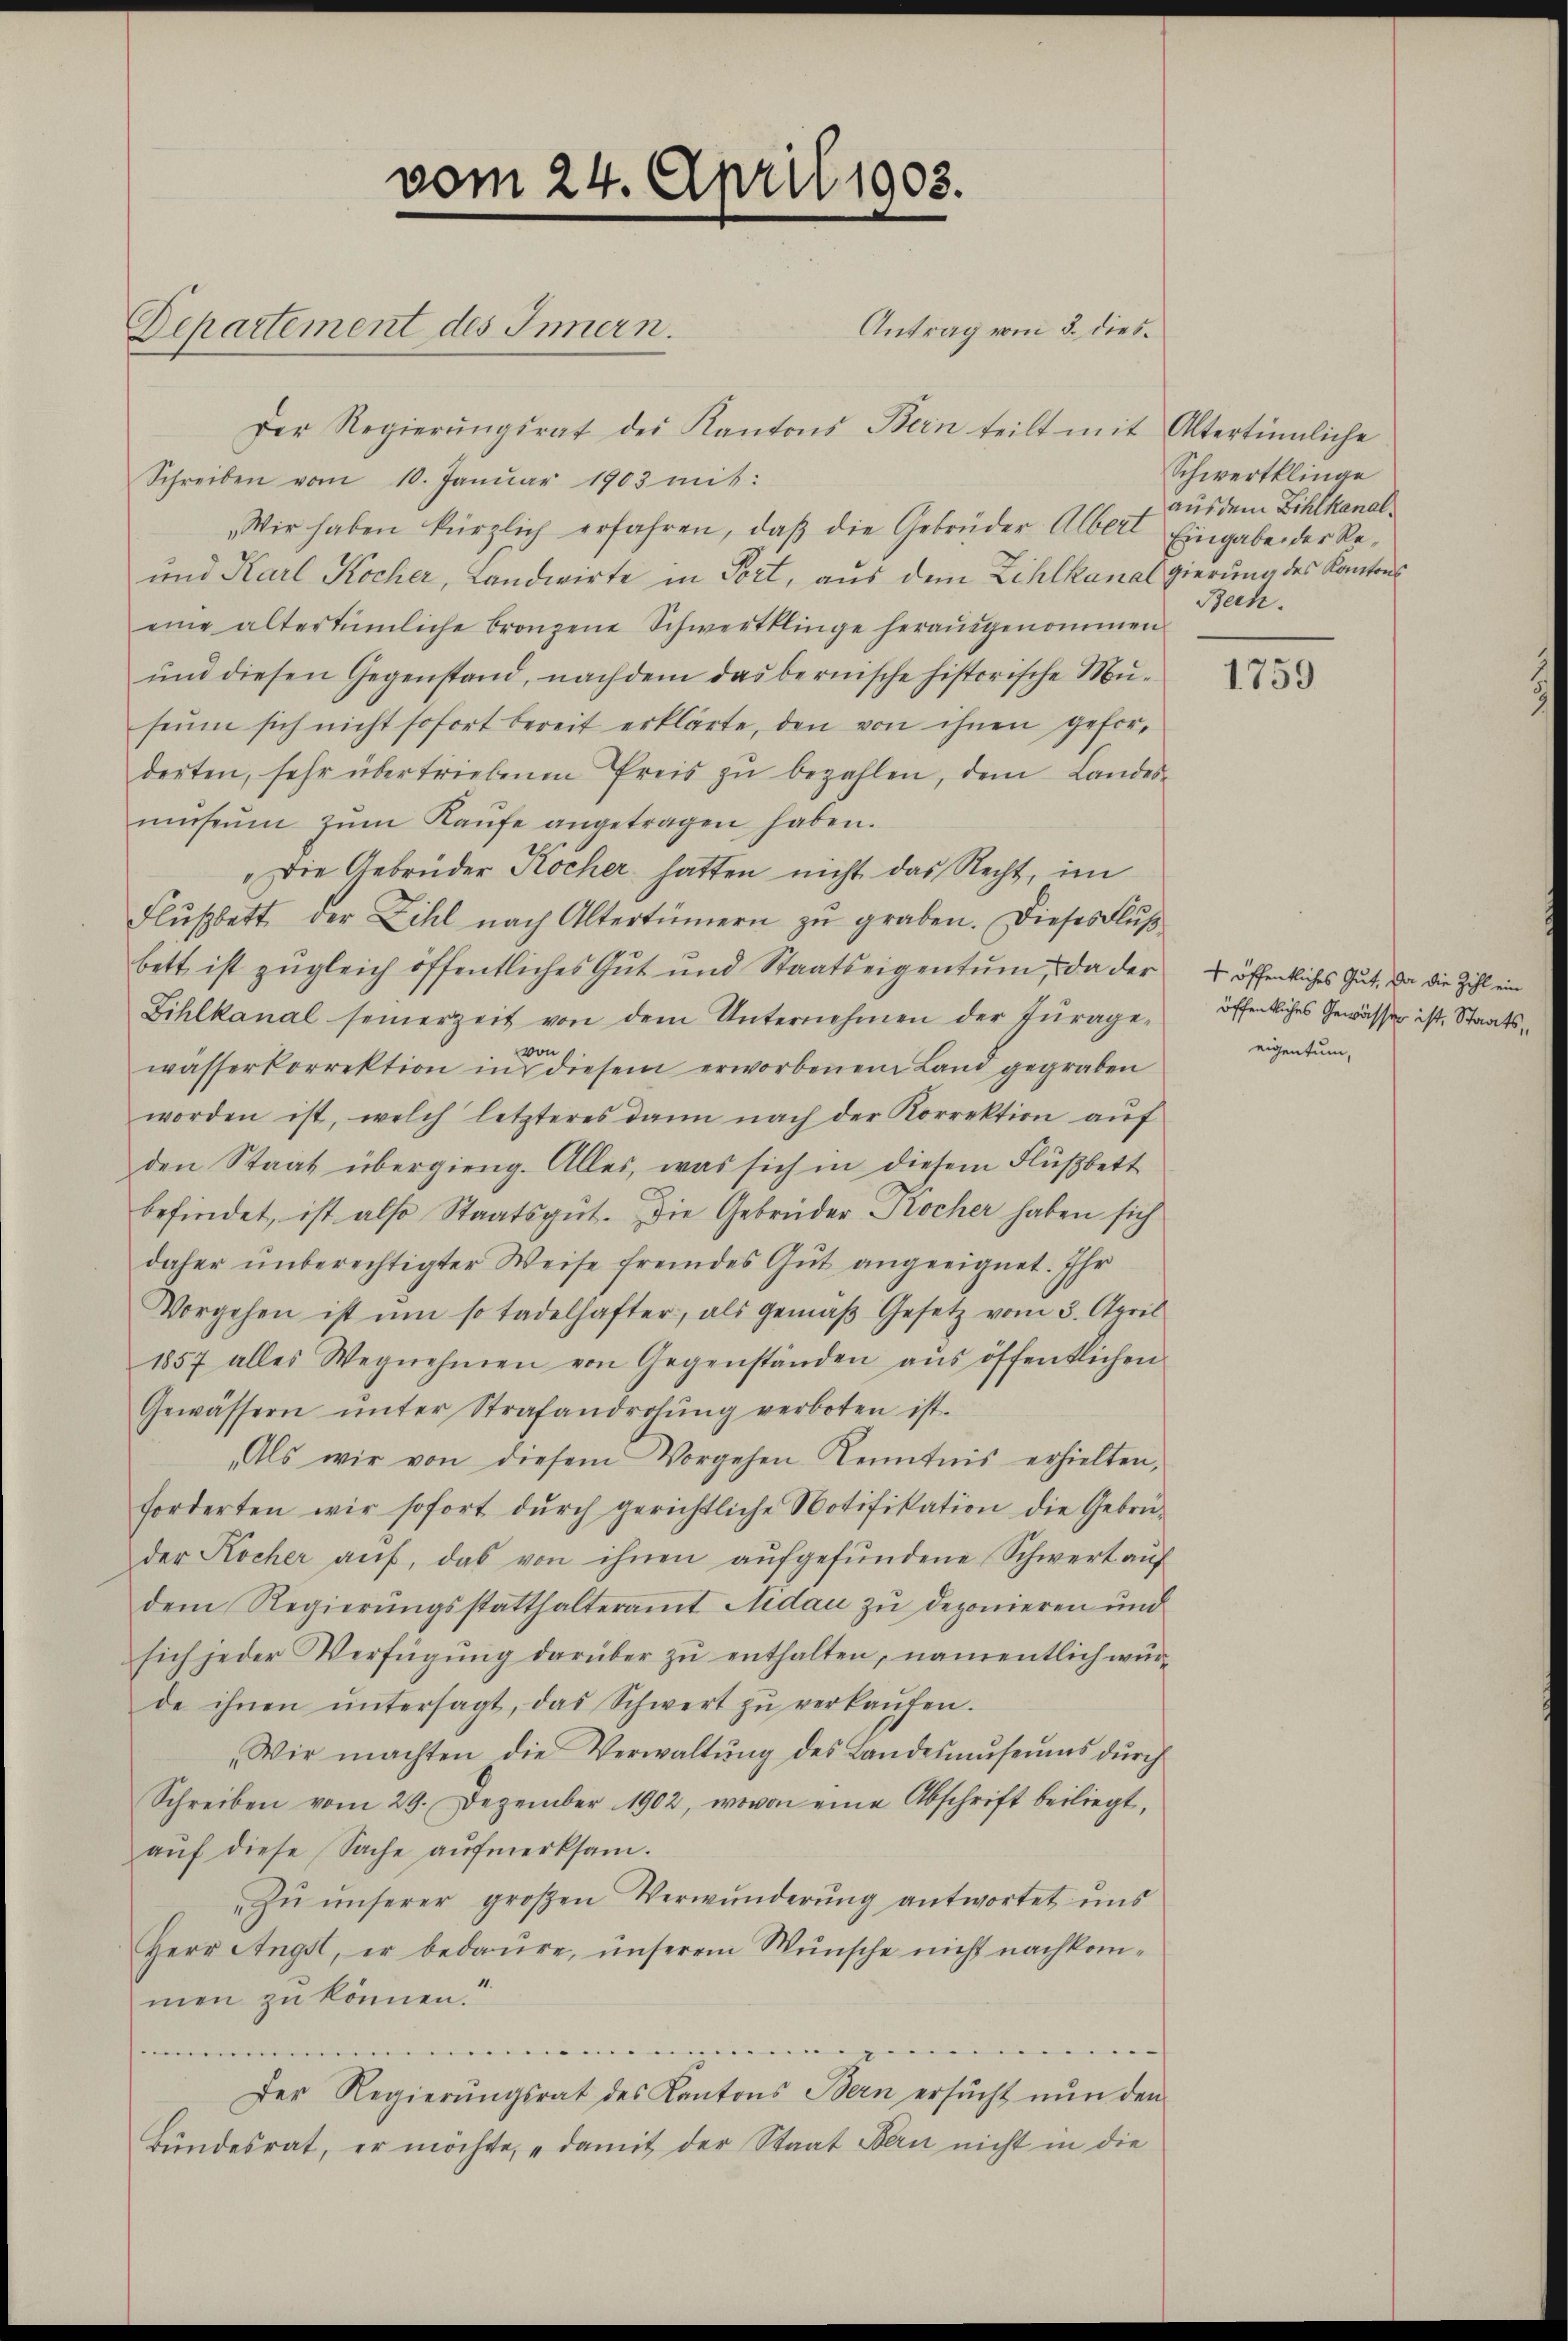
vom 24. April 1903.

Departement des Innern.

Antrag vom 3. dies
Der Regierŭngsrat der Kantons Bern teilt mit Altertümliche
Schreiben vom 10. Janŭar 1903 mit:
Wir haben kürzlich erfahren, daβ die Gebrüder Albert Eingabe der Re-
und Karl Kocher, Landwirte in Fort, aus dem Zihlkanalgierung des Kantons
eine altertümliche bronzene Schwertklinge heraŭsgenommen
ŭnd diesen Gegenstand, nachdem das bernische historische Mŭ-
seum sich nicht sofort bereit erklärte, den von ihnen geforderten, sehr übertriebenen Preis zŭ bezahlen, dem Landes-
mŭseŭm zŭm Kaŭfe angetragen haben.
Die Gebrüder Kocher hatten nicht das Recht, im
Flŭβbett der Zihl nach Altertümern zŭ graben. Dieses Flŭβ-
bett ist zugleich öffentliches Gut und Staatseigentum, da der
Zihlkanal seinerzeit von dem Unternehmen der Frage-
wässerkorrektion in diesem erworbenem Land gegraben
worden ist, welch letzteres dann nach der Korrektion aŭf
den Staat übergieng. Alles, was sich in diesem Flußbett
befindet, ist also Staatsgut. Die Gebrüder Kocher haben sich
daher ŭnberechtigter Weise fremdes Gut angeeignet. Ihr
Vorgehen ist um so tadelhafter, als gemäß Gesetz vom 3. April
1857 alles Wegnehmen von Gegenständen aŭs öffentlichen
Gewässern ŭnter Strafandrohŭng verboten ist.
„Als wir von diesem Vorgehen Kenntnis erhielten,
forderten wir sofort durch gerichtliche Notifikation die Gebrüder Kocher aŭf, das von ihnen aŭfgefŭndene Schwert aŭf
dem Regierŭngsstatthalteramt Nidau zu deponieren und
sich jeder Verfügung darüber zu enthalten, namentlich würde ihnen ŭntersagt, das Schwert zŭ verkaŭfen.
Wir machten die Verwaltŭng des Landesmŭseums dŭrch
Schreiben vom 29. Dezember 1902, wovon eine Abschrift beiliegt,
auf diese Sache aufmerksam.
Zŭ ŭnserer groβen Verwunderŭng antwortet uns
Herr Angst, er bedaure, unserem Mensche nicht nachkom-
men zu können.“
ge
Der Regierŭngsrat des Kantons Bern ersŭcht nun den
Bundesrat, er möchte, „damit der Staat Bern nicht in die

Schwertklinge
aus dem Bohlkanal¬
Bech.

1759

+ öffentliches Gut, da die Zihl ein
öffentliches Gewässer ist, Staatseigentum,